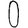
Digit: 0